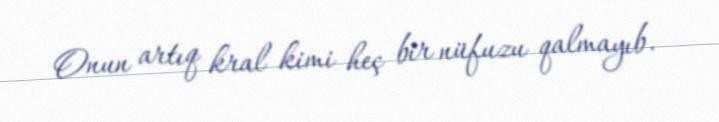
Onun artıq kral kimi heç bir nüfuzu qalmayıb.